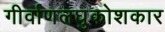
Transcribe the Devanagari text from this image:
गीर्वाणलघुकोशकार